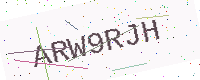
Text: ARW9RJH